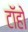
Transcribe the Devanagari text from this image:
टॉहो